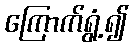
ကြောက်ရွံ့၍